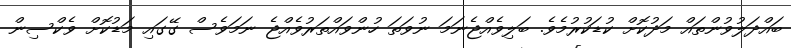
ބައްދަލުވުންތައް މަދުކޮށް ކުޑަކުރުމެވެ. ބަލިވެއްޖެނަމަ ނުވަތަ ހުންވައްތަރުވެއްޖެ ނަމަވެސް ގޭގައި މަޑުކޮށް ވެކްސިން